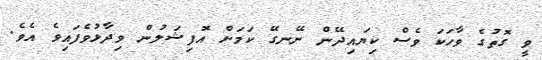
ވީ ގޮތުގެ ވާހަކަ ވެސް ކިޔައިދޭން ނޭނގޭ ކަމަށް އޮފިޝަލުން ވިދާޅުވެފައިވެ އެވެ.